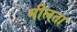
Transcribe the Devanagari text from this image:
मीलता